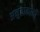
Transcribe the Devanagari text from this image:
अनुवाकाची